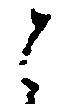
と